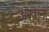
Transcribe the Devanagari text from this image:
अस्त्रांना